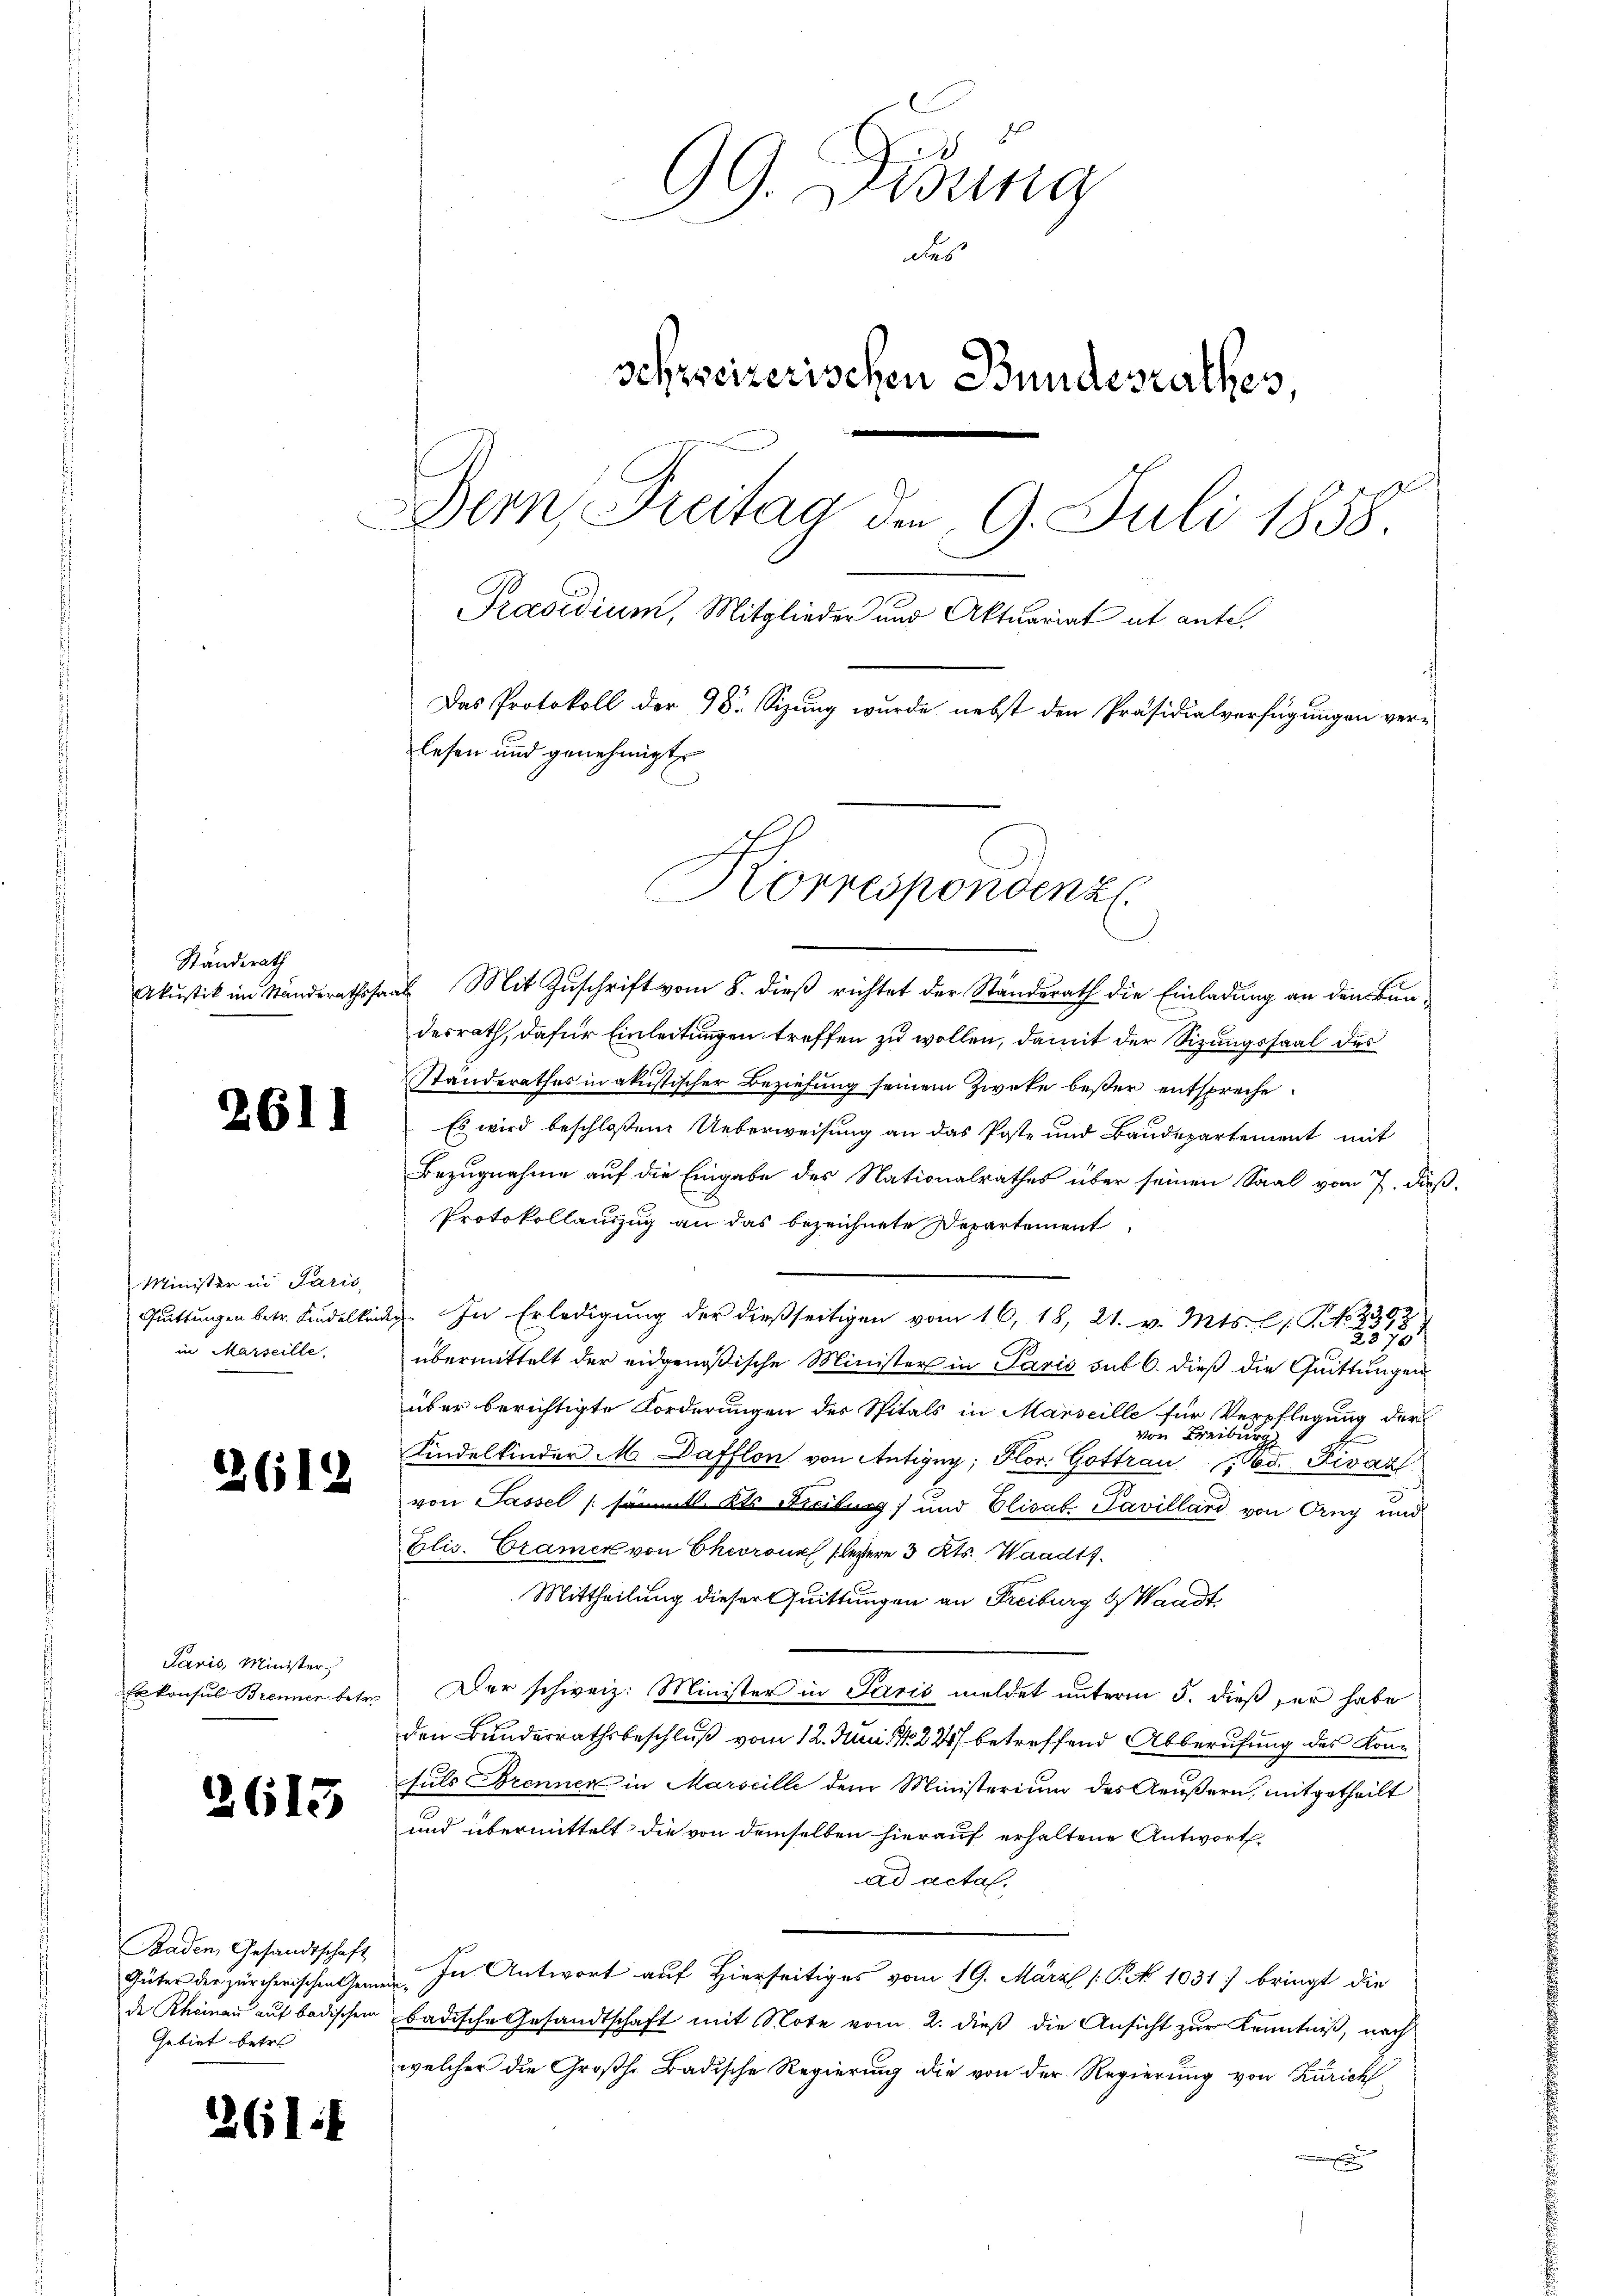
Standerath
Akustik im Standeraths,

2611

Minister in Paris
in Marseille.

22612

Paris, Minister

2613

Baden Gesandtschaft
Güter der zürcherischen Gemein-
Gebiet betre

261:

h
99. Disung
s
schweizerischen Bundesrathes,
Der, Freitag den 9. Juli 1858
Pradidium, Mitglieder und Aktuariat it ente.
Das Protokoll der 98. Sizung wurde nebst den Präsidialverfügungen verlesen und genehmigt

Korrespondenz.

traf Mit Zuschrift vom 8. dieß richtet der Standerath die Einladung an den Bundesrath, dafür Einleitungen treffen zu wollen, damit der Sitzungssaal des
Standerathes in akustischer Beziehung seinem Zweke besser entspreche
Es wird beschloßene Ueberweisung an das Poste und Baudepartement mit
Bezugnahme auf die Eingabe des Nationalrathes über seinen Saal vom 7. dieß.
Protokollauszug an das bezeichnete Departement
Fittingen betr. Kindelkindig. In Erledigŭng der dießseitigen vom 16. 18, 21. v. Mts. l. J. No. 2393
25737
übermittelt der eidgenößische Minister in Paris sub 6. dieß die Quittungen
über berichtigte Forderungen des Spitals in Marseille für Verpflegung der
von Freiburg
Kindelkinder M. Dafflon von Antigny; Hlor. Gottrau d. Fivár
von Passel (s Kts. Teilung) und Elisab. Pavilland von Orng und
Elis. Cramer von Chevront leztern 3 Kts. Waadt.
Mittheilung dieser Quittungen an Freiburg Waadt
Erkonsul Brennen betr. Der schweiz. Minister in Paris meldet unterm 5. dieß er habe
den Bundesrathsbeschluß vom 12. Juni 1822 betreffend Abberufung des Konsuls Brennen in Marseille dem Ministerium des Aeußern, mitgetheilt
und übermittelt die von demselben hierauf erhaltene Antwort
ad actaf.
In Antwort auf Hierseitiges vom 19. März [§ 1031 bringt die
de Rheinau auf badischen badische Gesandtschaft mit Note vom 2. dieß die Ansicht zur Kenntniß, nach
welcher die Großh. Badische Regierung die von der Regierung von Zürich